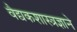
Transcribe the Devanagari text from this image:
वैद्यकशास्त्रज्ञाने